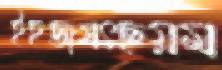
ইহজগৎছয়ম